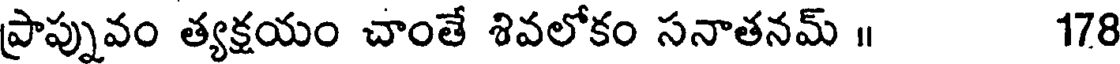
ప్రాప్నువం త్యక్షయం చాంతే శివలోకం సనాతనమ్ ॥ 178